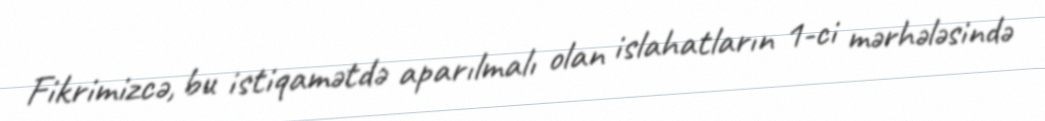
Fikrimizcə, bu istiqamətdə aparılmalı olan islahatların 1-ci mərhələsində